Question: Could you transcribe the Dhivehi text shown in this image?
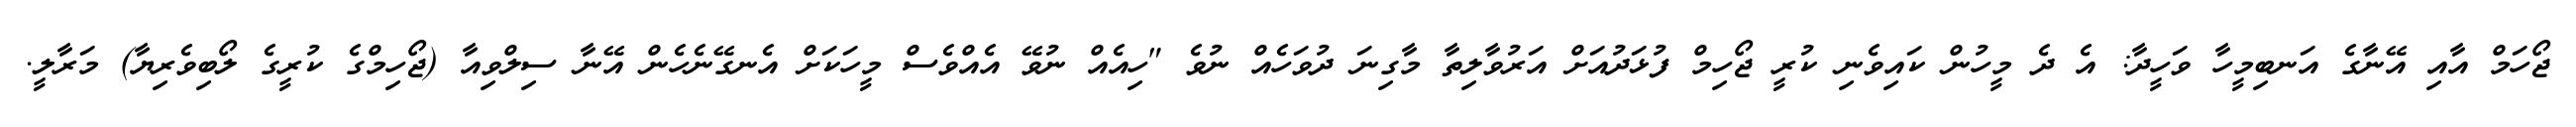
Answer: ޖޯހަމް އާއި އޭނާގެ އަނބިމީހާ ވަހީދާ: އެ ދެ މީހުން ކައިވެނި ކުރީ ޖޯހިމް ފުޅަދުއަށް އަރުވާލިތާ މާގިނަ ދުވަހެއް ނުވެ "ހިއެއް ނުވޭ އެއްވެސް މީހަކަށް އެނގޭނެހެން އޭނާ ސިލްވިއާ (ޖޯހިމްގެ ކުރީގެ ލޯބިވެރިޔާ) މަރާލީ.